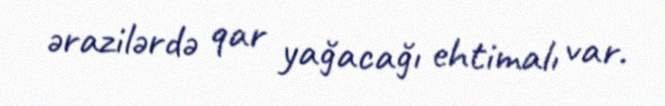
ərazilərdə qar yağacağı ehtimalı var.